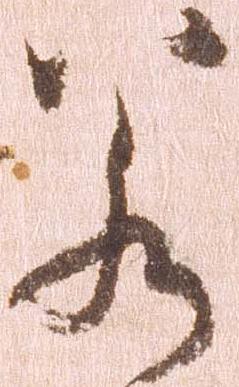
若